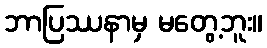
ဘာပြဿနာမှ မတွေ့ဘူး။